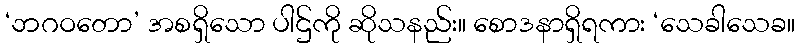
‘ဘဂဝတော’ အစရှိသော ပါဌ်ကို ဆိုသနည်း။ စောဒနာရှိရကား ‘သေခါသေခ။